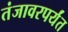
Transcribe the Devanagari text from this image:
तंजावरपर्यंत